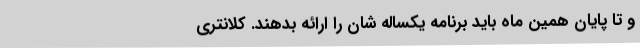
و تا پایان همین ماه باید برنامه یکساله شان را ارائه بدهند. کلانتری